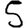
Digit: 5